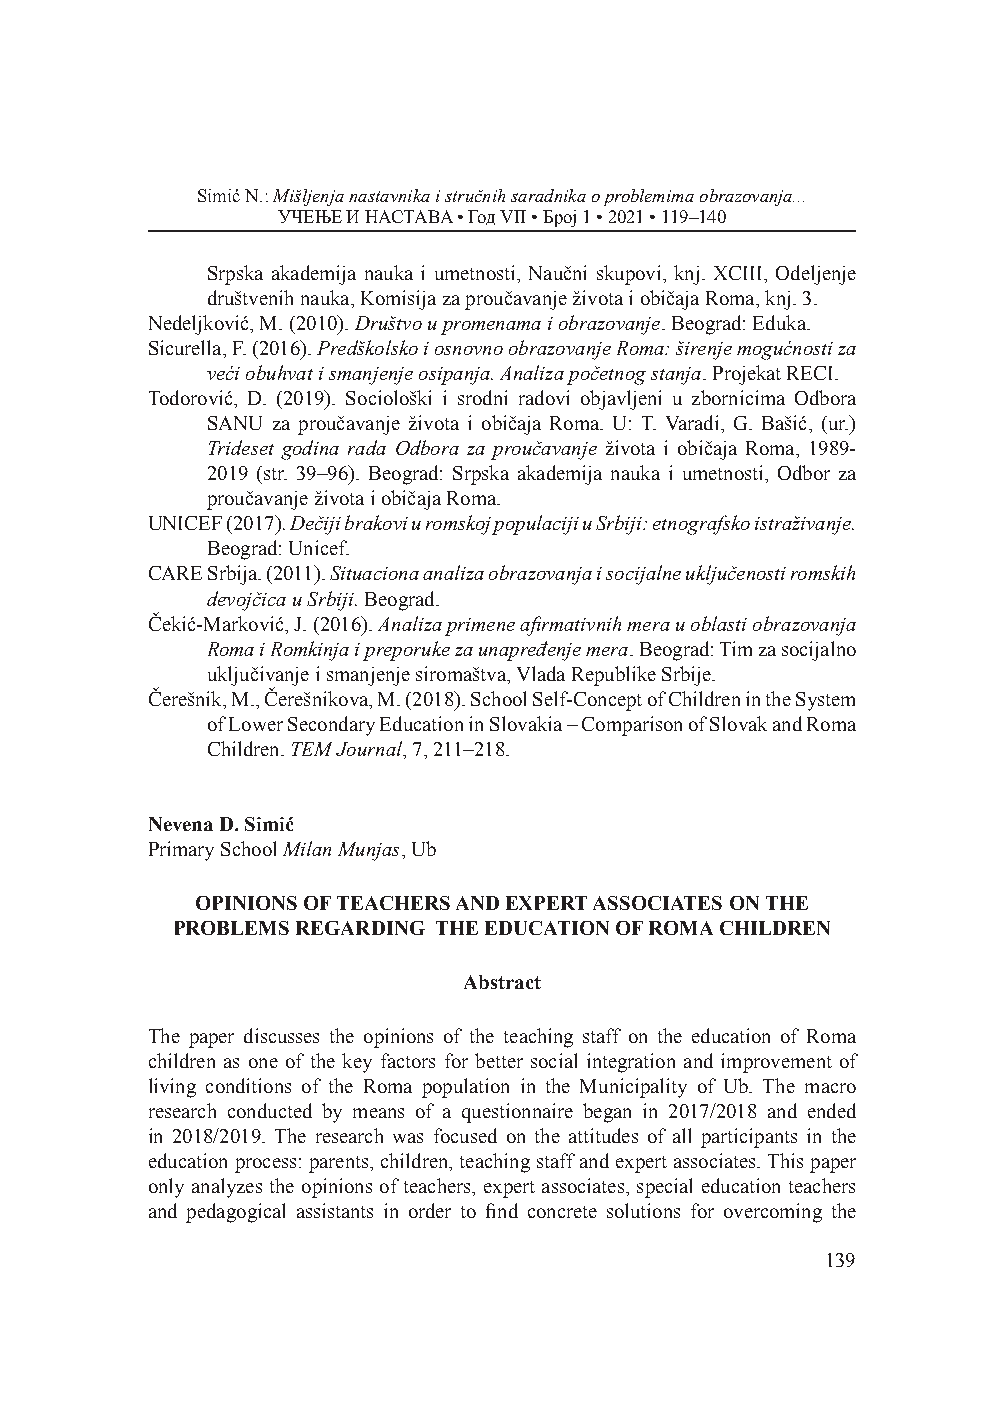
Simić N.: Mišljenja nastavnika i stručnih saradnika o problemima obrazovanja...
 УЧЕЊЕ И НАСТАВА • Год VII • Број 1 • 2021 • 119–140
 Srpska akademija nauka i umetnosti, Naučni skupovi, knj. XCIII, Odeljenje
 društvenih nauka, Komisija za proučavanje života i običaja Roma, knj. 3.
 Nedeljković, M. (2010). Društvo u promenama i obrazovanje. Beograd: Eduka.
 Sicurella, F. (2016). Predškolsko i osnovno obrazovanje Roma: širenje mogućnosti za
 veći obuhvat i smanjenje osipanja. Analiza početnog stanja. Projekat RECI.
 Todorović, D. (2019). Sociološki i srodni radovi objavljeni u zbornicima Odbora
 SANU za proučavanje života i običaja Roma. U: T. Varadi, G. Bašić, (ur.)
 Trideset godina rada Odbora za proučavanje života i običaja Roma, 1989-
 2019 (str. 39–96). Beograd: Srpska akademija nauka i umetnosti, Odbor za
 proučavanje života i običaja Roma.
 UNICEF (2017). Dečiji brakovi u romskoj populaciji u Srbiji: etnografsko istraživanje.
 Beograd: Unicef.
 CARE Srbija. (2011). Situaciona analiza obrazovanja i socijalne uključenosti romskih
 devojčica u Srbiji. Beograd.
 Čekić-Marković, J. (2016). Analiza primene afirmativnih mera u oblasti obrazovanja
 Roma i Romkinja i preporuke za unapređenje mera. Beograd: Tim za socijalno
 uključivanje i smanjenje siromaštva, Vlada Republike Srbije.
 Čerešnik, M., Čerešnikova, M. (2018). School Self-Concept of Children in the System
 of Lower Secondary Education in Slovakia – Comparison of Slovak and Roma
 Children. TEM Journal, 7, 211–218.
 Nevena D. Simić
 Primary School Milan Munjas, Ub
 OPINIONS OF TEACHERS AND EXPERT ASSOCIATES ON THE
 PROBLEMS REGARDING THE EDUCATION OF ROMA CHILDREN
 Abstract
 The paper discusses the opinions of the teaching staff on the education of Roma
 children as one of the key factors for better social integration and improvement of
 living conditions of the Roma population in the Municipality of Ub. The macro
 research conducted by means of a questionnaire began in 2017/2018 and ended
 in 2018/2019. The research was focused on the attitudes of all participants in the
 education process: parents, children, teaching staff and expert associates. This paper
 only analyzes the opinions of teachers, expert associates, special education teachers
 and pedagogical assistants in order to find concrete solutions for overcoming the
 139